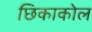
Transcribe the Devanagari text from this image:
छिकाकोल